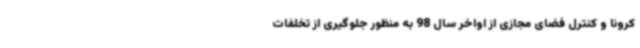
کرونا و کنترل فضای مجازی از اواخر سال 98 به منظور جلوگیری از تخلفات